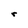
Character: r